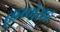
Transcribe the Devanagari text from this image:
कृष्णेसह